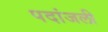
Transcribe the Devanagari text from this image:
पदांजली